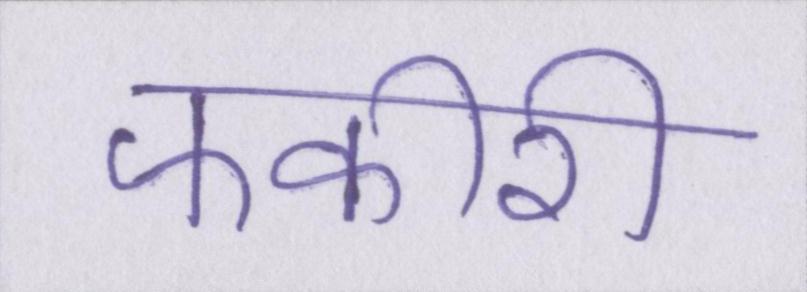
फकीरी